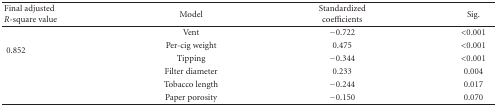
| Final adjusted R-square value | Model | Standardized coefficients | Sig. |
 | --- | --- | --- | --- |
 | <ROWSPAN=4> 0.852 | Vent | −0.722 | <0.001 |
 | Per-cig weight | 0.475 | <0.001 |
 | Tipping | −0.344 | <0.001 |
 | Filter diameter | 0.233 | 0.004 |
 |  | Tobacco length | −0.244 | 0.017 |
 |  | Paper porosity | −0.150 | 0.070 |